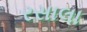
રસાલા